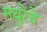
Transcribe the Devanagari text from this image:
मथुरेचे